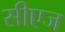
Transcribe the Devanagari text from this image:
सीएज